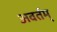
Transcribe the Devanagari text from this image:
अवर्तम्